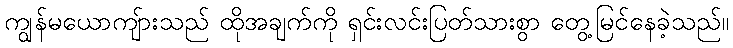
ကျွန်မယောကျ်ားသည် ထိုအချက်ကို ရှင်းလင်းပြတ်သားစွာ တွေ့မြင်နေခဲ့သည်။